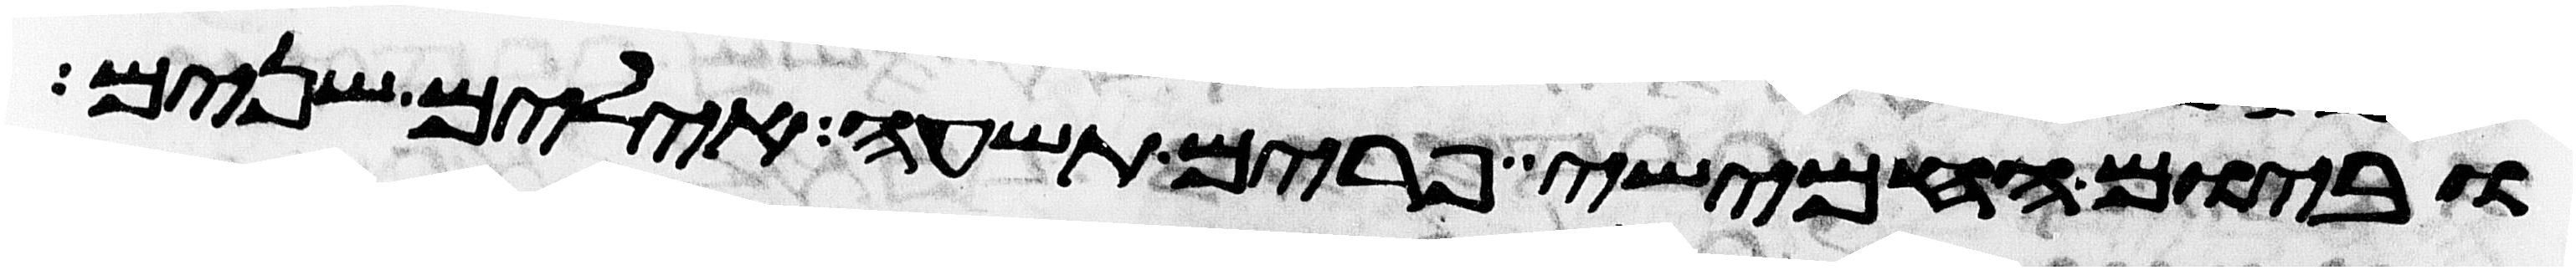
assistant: וביום החמישי פרים תשעה אילים שנים